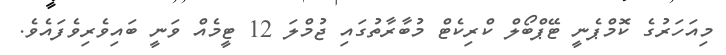
މިއަހަރުގެ ކޮމްޕެނީ ޓޭޕްބޯލް ކްރިކެޓް މުބާރާތުގައި ޖުމްލަ 12 ޓީމެއް ވަނީ ބައިވެރިވެފައެވެ.